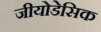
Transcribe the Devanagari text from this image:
जीयोडेसिक